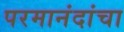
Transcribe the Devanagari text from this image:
परमानंदांचा